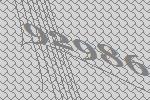
92986